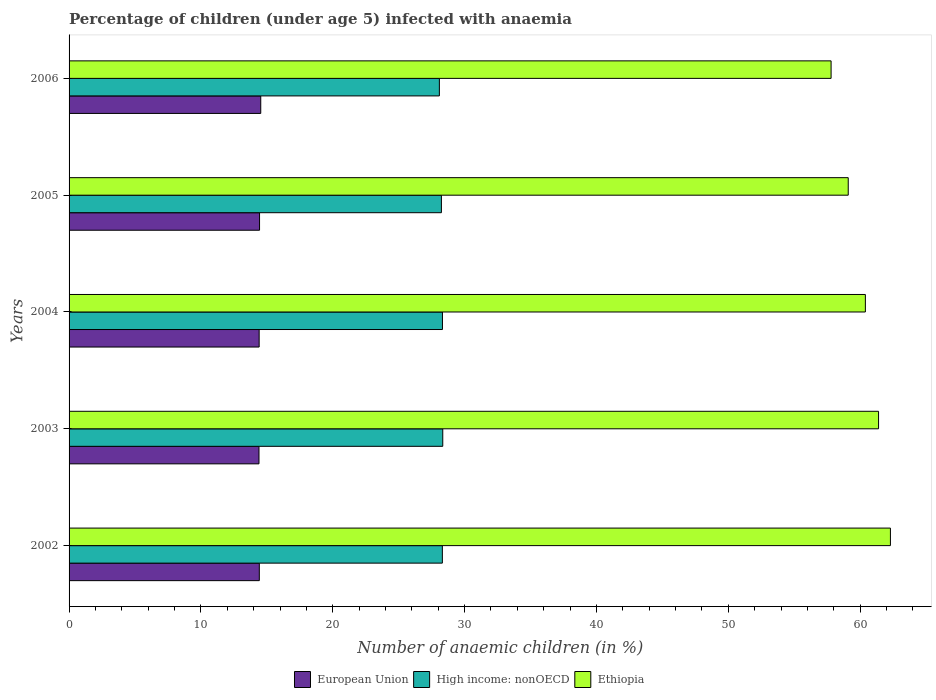
| Years | European Union | High income: nonOECD | Ethiopia |
 | --- | --- | --- | --- |
 | 2002 | 14.4 | 28.3 | 62.3 |
 | 2003 | 14.4 | 28.3 | 61.4 |
 | 2004 | 14.4 | 28.3 | 60.4 |
 | 2005 | 14.4 | 28.2 | 59.1 |
 | 2006 | 14.5 | 28.1 | 57.8 |